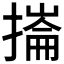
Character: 𢳳